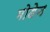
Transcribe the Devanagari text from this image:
मोडेन